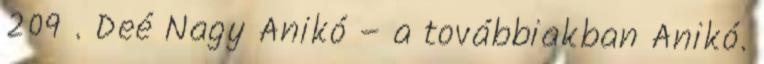
209 . Deé Nagy Anikó – a továbbiakban Anikó.